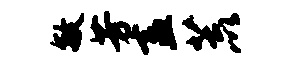
敏芳盍荒